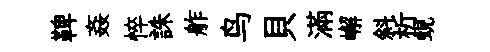
鞞姦悴誅舴鸟貝滿嶰斜析蜆